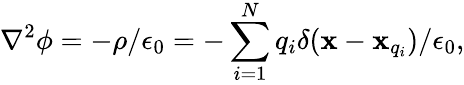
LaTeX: \nabla^{2}\phi=-\rho/\epsilon_{0}=-\sum_{i=1}^{N}q_{i}\delta(\mathbf{x}-\mathbf{x}_{q_{i}})/\epsilon_{0},